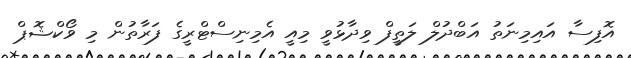
އޮފިސާ އައިމިނަތު އަބްދުލް ލަތީފް ވިދާޅުވީ މިއީ އެމިނިސްޓްރީގެ ފަރާތުން މި ވޯކްޝޮޕް